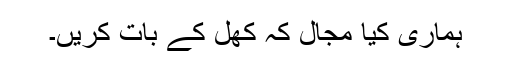
ہماری کیا مجال کہ کھل کے بات کریں۔